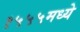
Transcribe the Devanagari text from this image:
१५५५मध्ये